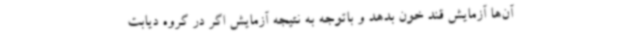
آن‌ها آزمایش قند خون بدهد و باتوجه به نتیجه آزمایش اگر در گروه دیابت